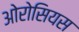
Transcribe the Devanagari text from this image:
ओरोसियस